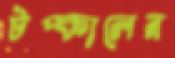
টপ্‌কালেন